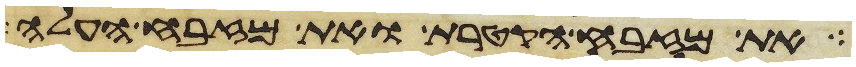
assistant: את מזבח הקטרת ואת מזבח העלה